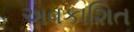
અવકાશિત